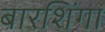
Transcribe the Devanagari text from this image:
बारशिंगा